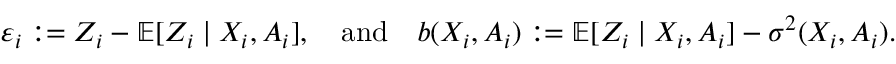
\begin{array} { r } { \varepsilon _ { i } \ensuremath { : = } Z _ { i } - \ensuremath { { \mathbb { E } } } [ Z _ { i } \mid \ensuremath { X } _ { i } , \ensuremath { A } _ { i } ] , \quad \mathrm { a n d } \quad b ( \ensuremath { X } _ { i } , \ensuremath { A } _ { i } ) \ensuremath { : = } \ensuremath { { \mathbb { E } } } [ Z _ { i } \mid \ensuremath { X } _ { i } , \ensuremath { A } _ { i } ] - \sigma ^ { 2 } ( \ensuremath { X } _ { i } , \ensuremath { A } _ { i } ) . } \end{array}